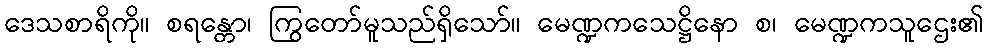
ဒေသစာရိကို။ စရန္တော၊ ကြွတော်မူသည်ရှိသော်။ မေဏ္ဍကသေဋ္ဌိနော စ၊ မေဏ္ဍကသူဌေး၏